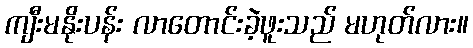
ကျီးမနိုးပန်း လာတောင်းခဲ့ဖူးသည် မဟုတ်လား။